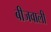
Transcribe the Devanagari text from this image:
बीजवाली